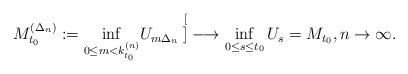
LaTeX: \begin{align*}M_{t_0}^{(\Delta_n)}:={\inf_{0\leq m<k_{t_0}^{(n)}}}U_{m\Delta_n}\stackrel[]{}{\longrightarrow} \, \inf_{0\leq s\leq {t_0}}U_s = M_{t_0}, n\to \infty. \end{align*}